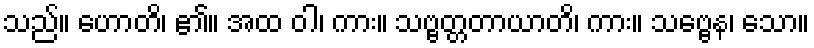
သည်။ ဟောတိ၊ ၏။ အထ ဝါ၊ ကား။ သဗ္ဗတ္တတာယာတိ၊ ကား။ သဗ္ဗေန၊ သော။